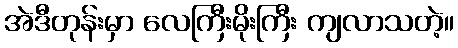
အဲဒီတုန်းမှာ လေကြီးမိုးကြီး ကျလာသတဲ့။